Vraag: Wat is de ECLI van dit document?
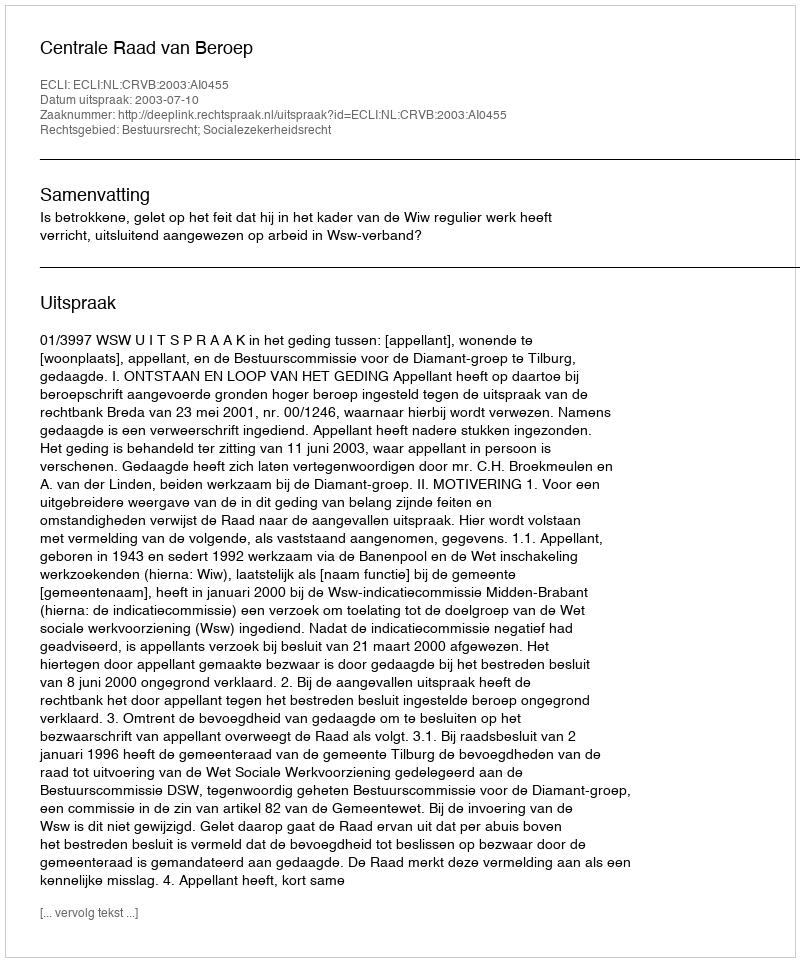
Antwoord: ECLI:NL:CRVB:2003:AI0455